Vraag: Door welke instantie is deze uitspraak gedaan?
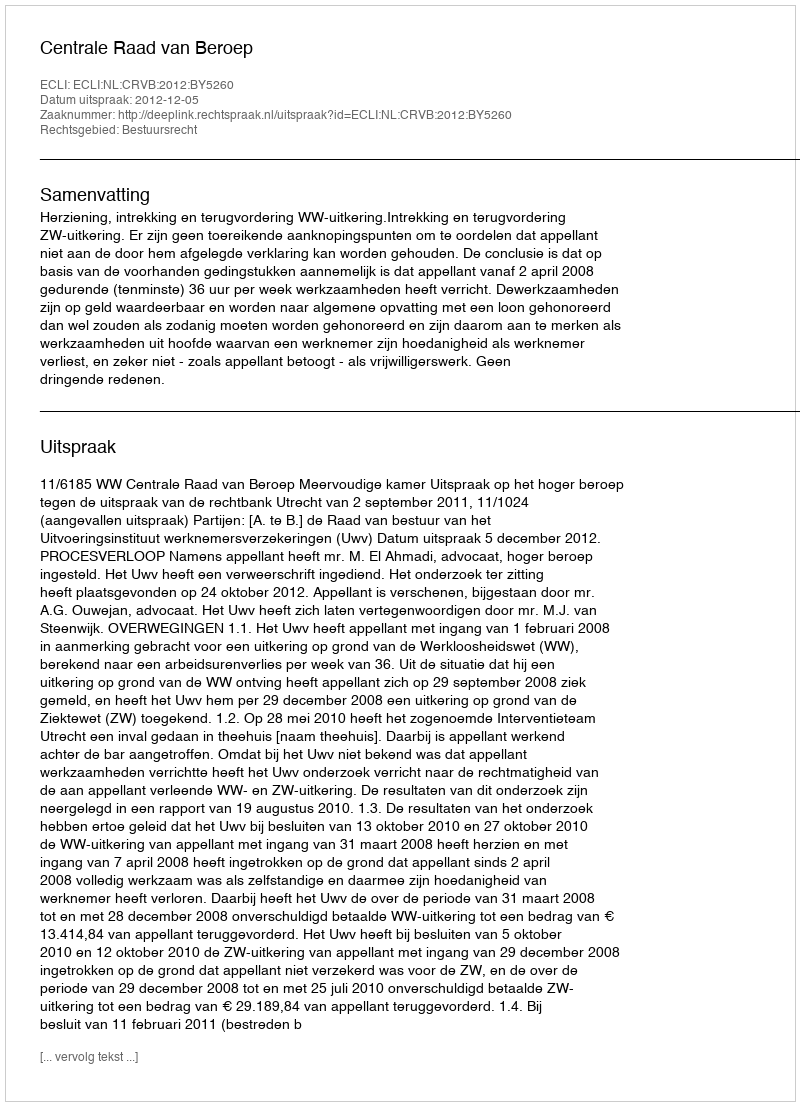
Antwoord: Centrale Raad van Beroep